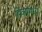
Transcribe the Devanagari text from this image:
पिंकांमध्ये